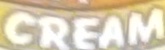
CREAM